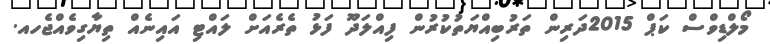
މޯލްޑިވްސް ކަޕް 2015ދަރިން ތަރުބިއްޔަތުކުރުން ފިއްލަދޫ ފަޅު ތެރެއަށް ލައްޓި އައިނެއް ތިޔާގިވެއްޖެހއ.